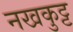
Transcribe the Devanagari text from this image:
नखकुट्ट